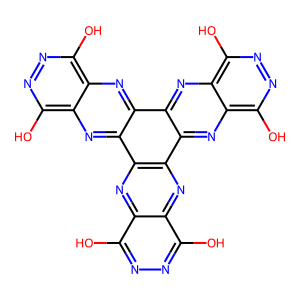
SMILES: Oc1nnc(O)c2nc3c(nc12)c1nc2c(O)nnc(O)c2nc1c1nc2c(O)nnc(O)c2nc31
Inhibits HIV replication: No